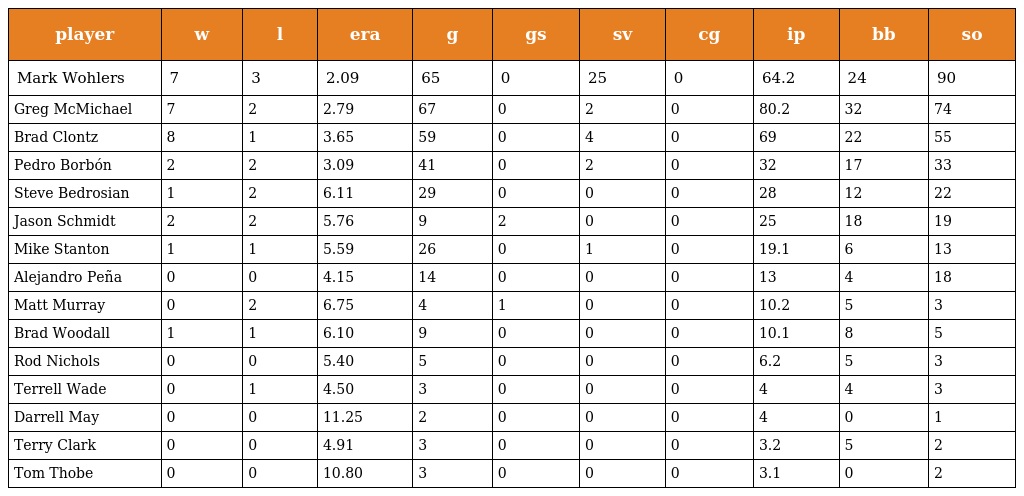
| player | w | l | era | g | gs | sv | cg | ip | bb | so |
 | --- | --- | --- | --- | --- | --- | --- | --- | --- | --- | --- |
 | Mark Wohlers | 7 | 3 | 2.09 | 65 | 0 | 25 | 0 | 64.2 | 24 | 90 |
 | Greg McMichael | 7 | 2 | 2.79 | 67 | 0 | 2 | 0 | 80.2 | 32 | 74 |
 | Brad Clontz | 8 | 1 | 3.65 | 59 | 0 | 4 | 0 | 69 | 22 | 55 |
 | Pedro Borbón | 2 | 2 | 3.09 | 41 | 0 | 2 | 0 | 32 | 17 | 33 |
 | Steve Bedrosian | 1 | 2 | 6.11 | 29 | 0 | 0 | 0 | 28 | 12 | 22 |
 | Jason Schmidt | 2 | 2 | 5.76 | 9 | 2 | 0 | 0 | 25 | 18 | 19 |
 | Mike Stanton | 1 | 1 | 5.59 | 26 | 0 | 1 | 0 | 19.1 | 6 | 13 |
 | Alejandro Peña | 0 | 0 | 4.15 | 14 | 0 | 0 | 0 | 13 | 4 | 18 |
 | Matt Murray | 0 | 2 | 6.75 | 4 | 1 | 0 | 0 | 10.2 | 5 | 3 |
 | Brad Woodall | 1 | 1 | 6.10 | 9 | 0 | 0 | 0 | 10.1 | 8 | 5 |
 | Rod Nichols | 0 | 0 | 5.40 | 5 | 0 | 0 | 0 | 6.2 | 5 | 3 |
 | Terrell Wade | 0 | 1 | 4.50 | 3 | 0 | 0 | 0 | 4 | 4 | 3 |
 | Darrell May | 0 | 0 | 11.25 | 2 | 0 | 0 | 0 | 4 | 0 | 1 |
 | Terry Clark | 0 | 0 | 4.91 | 3 | 0 | 0 | 0 | 3.2 | 5 | 2 |
 | Tom Thobe | 0 | 0 | 10.80 | 3 | 0 | 0 | 0 | 3.1 | 0 | 2 |